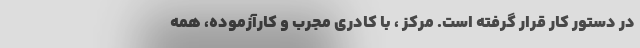
در دستور کار قرار گرفته است. مرکز ، با کادری مجرب و کارآزموده، همه